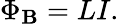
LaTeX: \Phi_{\mathbf{B}}=LI.